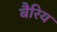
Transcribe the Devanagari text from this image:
बैरिय